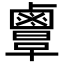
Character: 𪉲